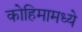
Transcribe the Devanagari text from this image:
कोहिमामध्ये